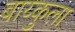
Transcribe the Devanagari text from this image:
बाय्कुला